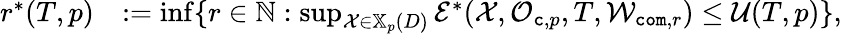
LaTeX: \begin{array}{rl}{r^{*}(T,p)}&{:=\operatorname*{inf}\{ r\in\mathbb{N}:\operatorname*{sup}_{\mathcal{X}\in\mathbb{X}_{p}(D)}\mathcal{E}^{*}(\mathcal{X},\mathcal{O}_{{\tt c},p},T,\mathcal{W}_{{\tt com},r})\leq\mathcal{U}(T,p)\} ,}\end{array}